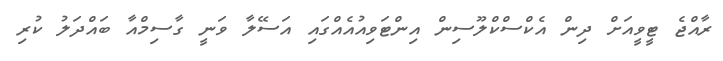
ރާއްޖެ ޓީވީއަށް ދިން އެކްސްކްލޫސިން އިންޓަވިއުއެއްގައި އަސޭލާ ވަނީ ގާސިމްއާ ބައްދަލު ކުރި